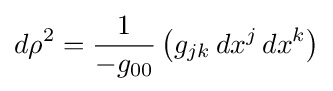
d\rho ^{2}={\frac {1}{-g_{00}}}\left(g_{jk}\,dx^{j}\,dx^{k}\right)